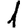
Digit: 1